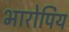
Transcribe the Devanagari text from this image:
भारोपिय